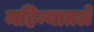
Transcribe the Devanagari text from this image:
महिन्यातले